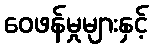
ဝေဖန်မှုများနှင့်